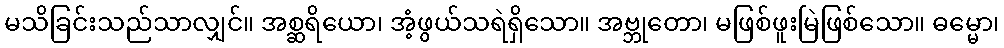
မသိခြင်းသည်သာလျှင်။ အစ္ဆရိယော၊ အံ့ဖွယ်သရဲရှိသော။ အဗ္ဘုတော၊ မဖြစ်ဖူးမြဲဖြစ်သော။ ဓမ္မော၊